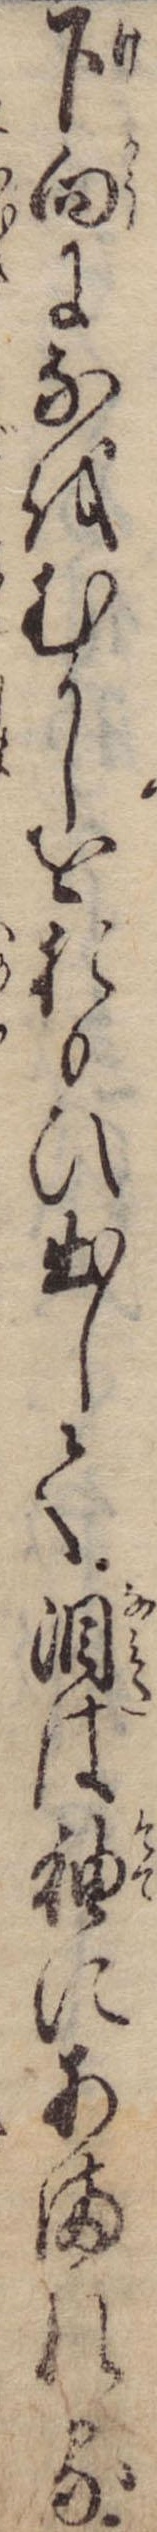
下向になをむかしをおもひ出して涙は袖にあまれる